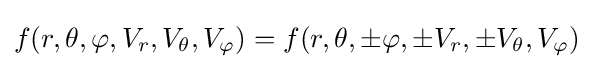
f(r,\theta ,\varphi ,V_{r},V_{\theta },V_{\varphi })=f(r,\theta ,\pm \varphi ,\pm V_{r},\pm V_{\theta },V_{\varphi })